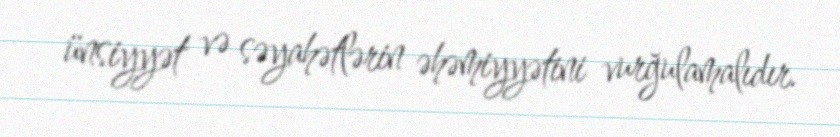
ünsiyyət və səyahətlərin əhəmiyyətini vurğulamalıdır.